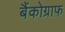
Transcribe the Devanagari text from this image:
बैंकोग्राफ